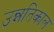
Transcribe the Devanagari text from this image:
उन्नतिकाल